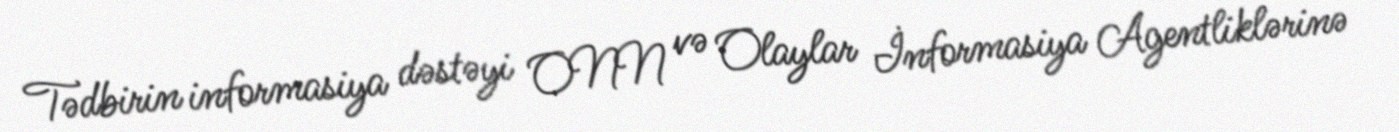
Tədbirin informasiya dəstəyi ONN və Olaylar İnformasiya Agentliklərinə